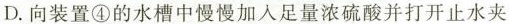
D.向装置④的水槽中慢慢加入足量浓硫酸并打开止水夹